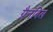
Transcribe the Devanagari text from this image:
ग्रैनबिल